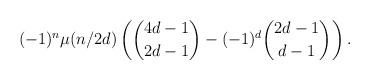
LaTeX: \begin{align*}(-1)^n\mu(n/2d)\left(\binom{4d-1}{2d-1}-(-1)^d\binom{2d-1}{d-1}\right).\end{align*}